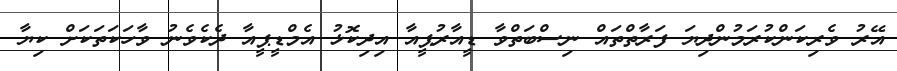
އޭރު ވެރިކަންކުރަމުންދިޔަ ފަރާތްތައް ނިސްބަތްވާ ޑީއާރުޕީއާ އިދިކޮޅު އެމްޑީޕީއާ ދެކެވެނު ވާހަކަތަކަށް ކިޔާ